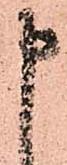
申